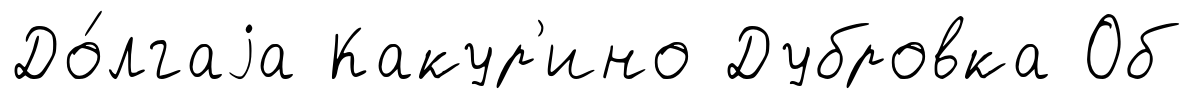
До́лгаjа Какур'ино Дубровка Об